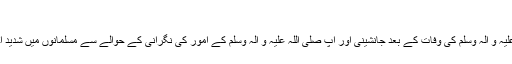
مفتی امجد عباس
نبی کریم صلی اللہ علیہ و آلہ وسلم کی وفات کے بعد جانشینی اور آپ صلی اللہ علیہ و آلہ وسلم کے امور کی نگرانی کے حوالے سے مسلمانوں میں شدید اختلافات نے جنم لیا۔